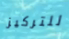
للتركيز